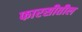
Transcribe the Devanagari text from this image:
फारसीतील